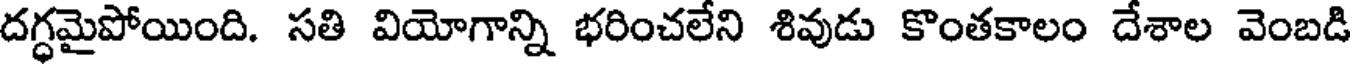
దగ్ధమైపోయింది. సతి వియోగాన్ని భరించలేని శివుడు కొంతకాలం దేశాల వెంబడి